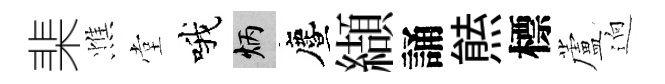
棐憔堂哦炳󵨌纈誦㷱標蘆逈